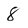
Character: 8